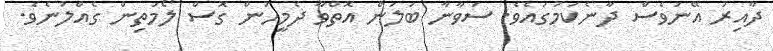
ދާއިރު އޭނަވެސް ދާނެކަމުގައެވެ. ސަވާނާ ބަލަން އޮތްވާ ދެމީހުން ގޮސް ލޯމަތިން ގެއްލުނެވެ.